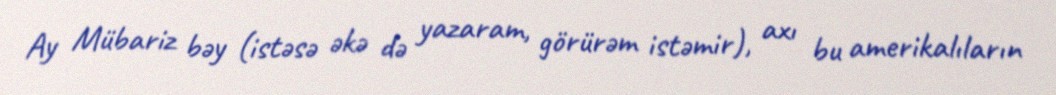
Ay Mübariz bəy (istəsə əkə də yazaram, görürəm istəmir), axı bu amerikalıların